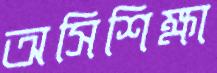
অসিশিক্ষা